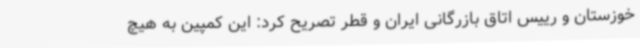
خوزستان و رییس اتاق بازرگانی ایران و قطر تصریح کرد: این کمپین به هیچ